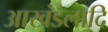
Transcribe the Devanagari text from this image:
आखंडलादि